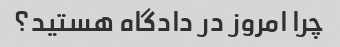
چرا امروز در دادگاه هستید؟